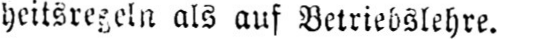
heitsregeln als auf Betriebslehre.